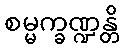
စမ္မက္ခဏ္ဍန္တိ